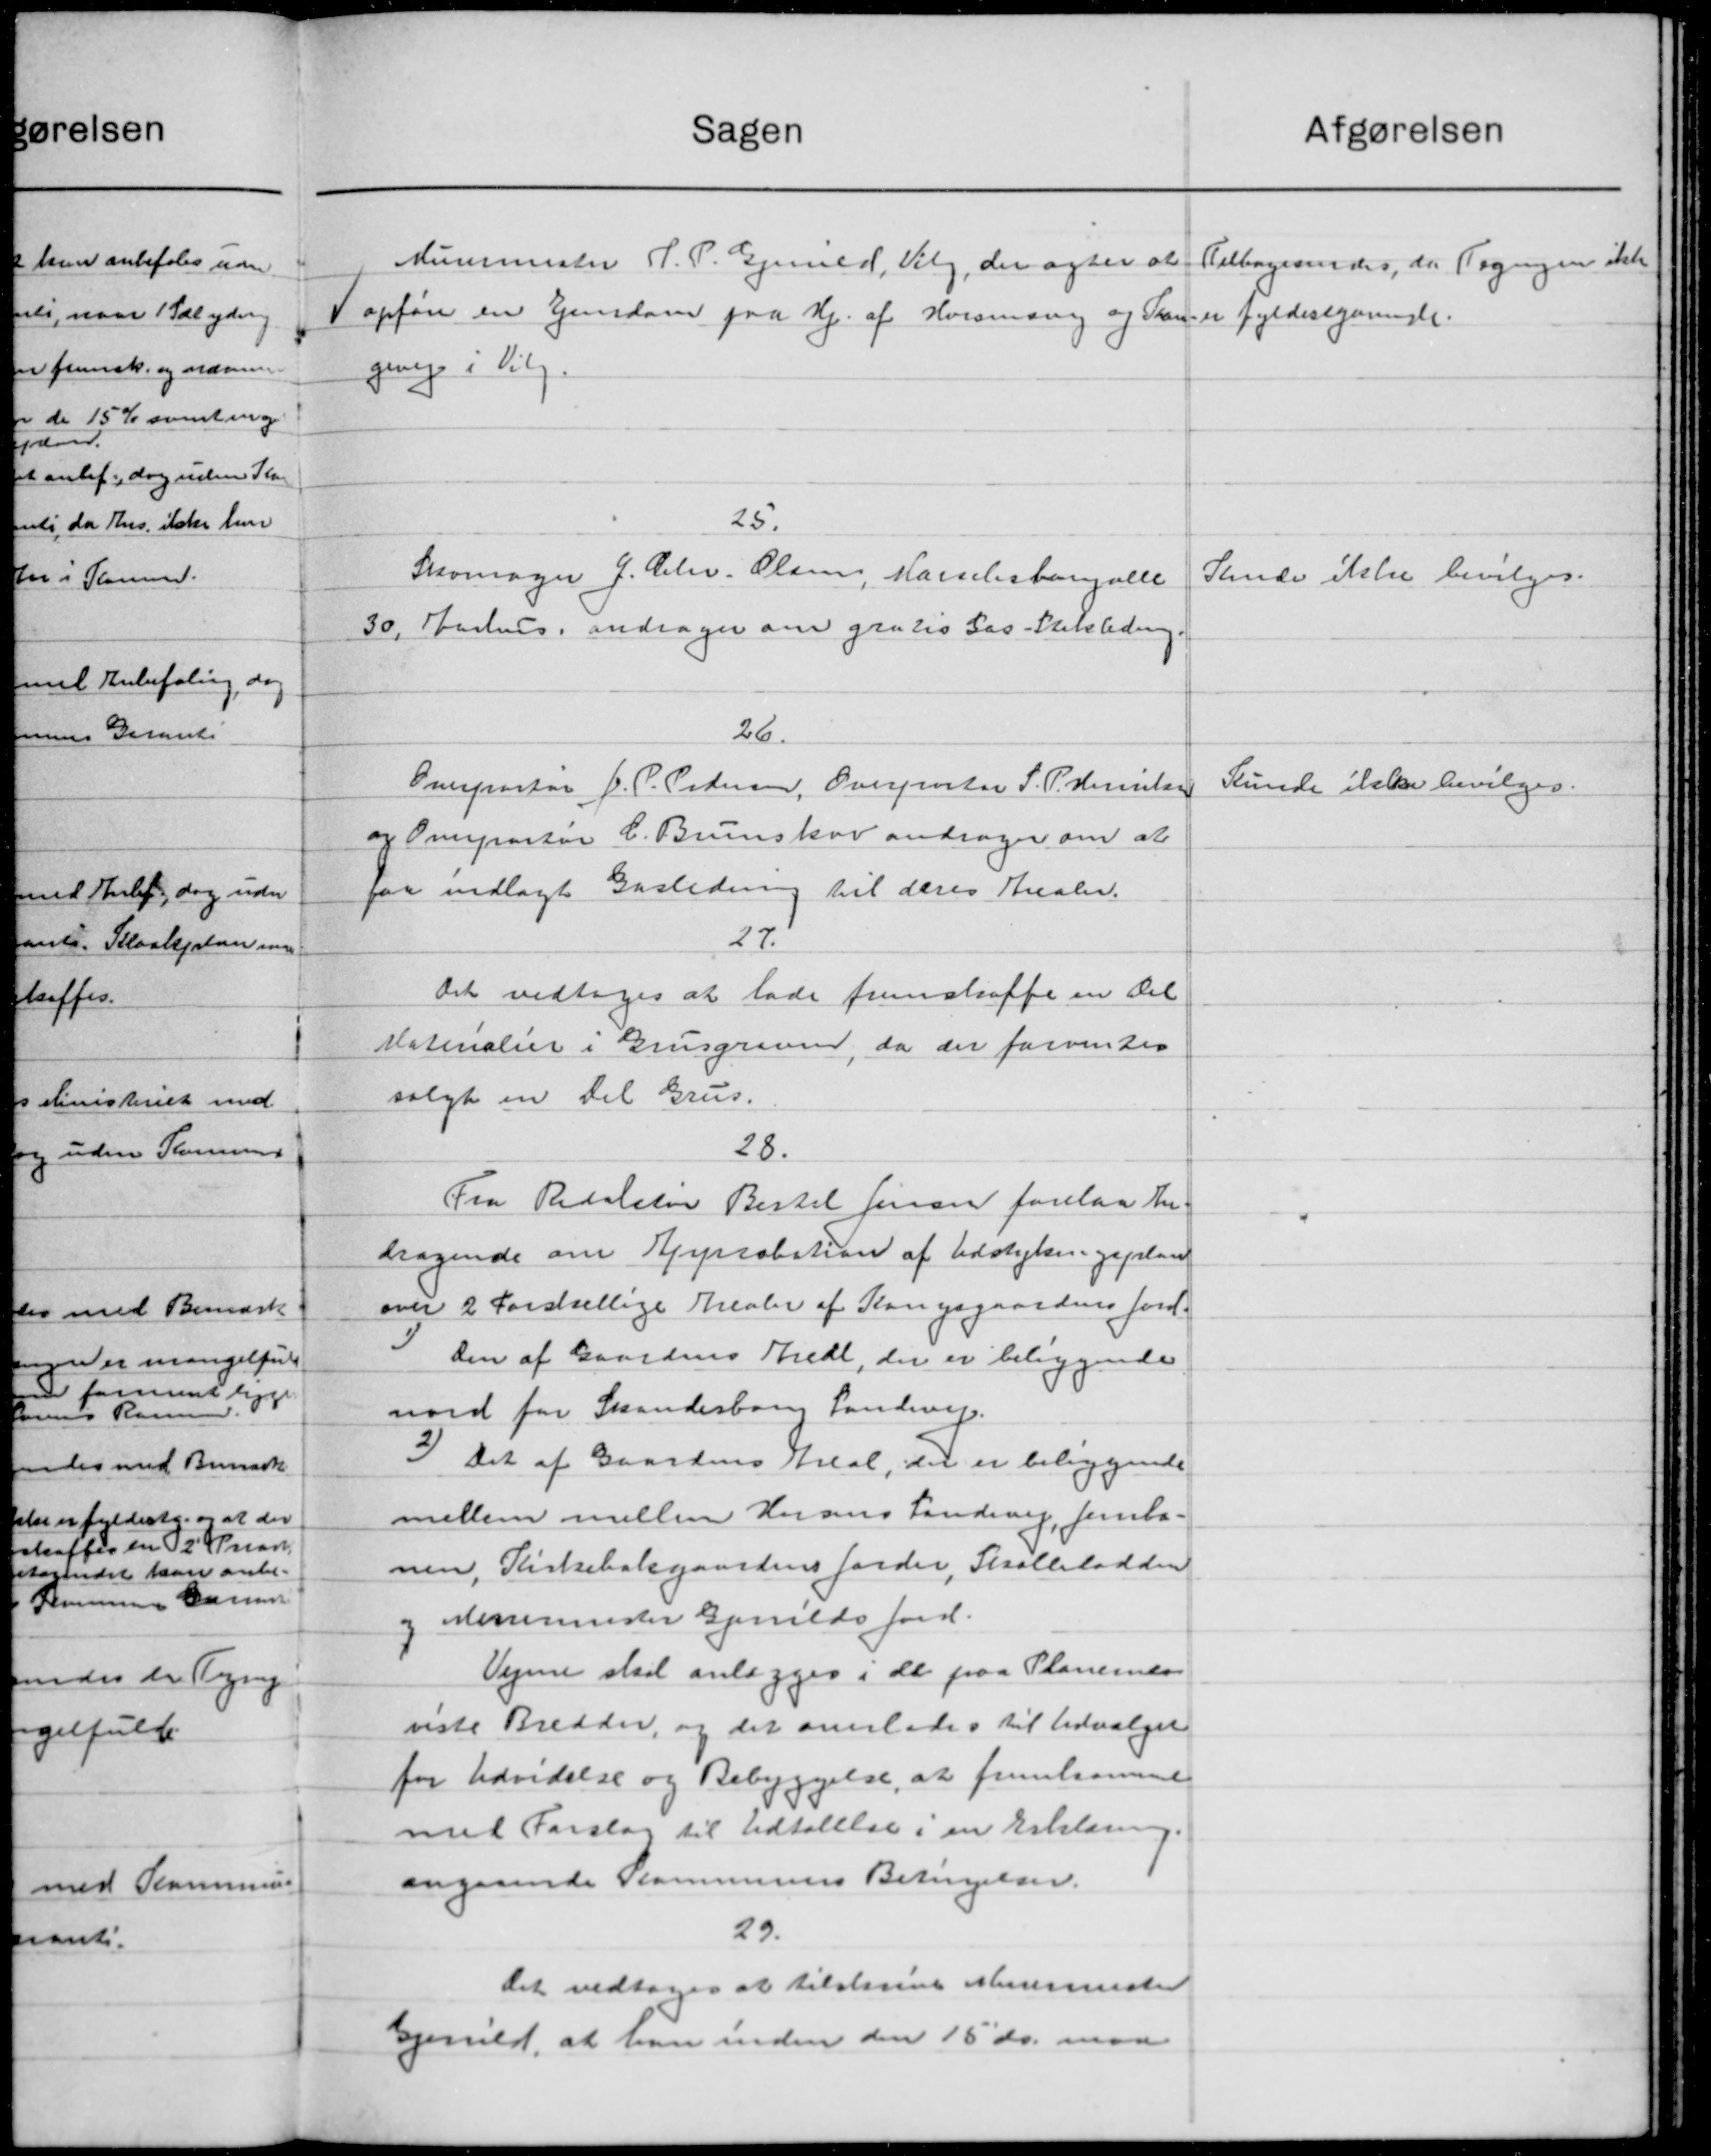
Transskription:
Murermester A. P. Gjerrild, Viby, der agter at
opfører en Ejendom paa Hj. af Horsensvej og Kon-
gevej i Viby
Tilbagesendes, da Tegningen ikke
er fyldestgørende
25.
Skomager J. Chr. Olsen, Marselisborg allé
30, Aarhus, andrager om gratis Gas-Stikledning
Kunde ikke bevilges
26.
Overportør J. P. Pedersen, Overportør S. P. Henriksen
og Overportør C. Brunskov andrager om at
faa indlagt Gasledning til deres Arealer.
Kunde ikke bevilges
27.
Det vedtages at lade fremskaffe en Del
Materialier i Grusgraven, da der forventes
solgt en del Grus
28.
Fra Redaktør Bertel Jensen forelaa An-
dragende om Approbation af Udstykningsplan
over 2 forskellige Arealer af Kongsgaardens Jord.
1) Den af Gaardens Areal, der er beliggende
nord for Skanderborg Landevej
2) Det af Gaardens Areal, der er beliggende
mellem mellem Horsens Landevej, Jernba-
nen, Kirkebakgaardens Jorder, Skolelodden
og Murermester Gjerrilds Jord.
Vejene skal omlægges i de paa Planen
viste Bredder, og det overlades til Udvalget
for Udvidelse og bebyggelse, at fremkomme
med Forslag til Udtalelse i en Erklærig
angaaende Kommunens Betingelser
29.
Det vedtages at tilskrive Murermester
Gjerrild, at han inden den 15´ ds, maa